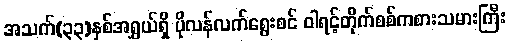
အသက်(၃၃)နှစ်အရွှယ်ရှိ ပိုလန်လက်ရွေးစင် ဝါရင့်တိုက်စစ်ကစားသမားကြီး